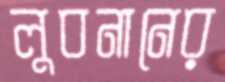
লুবনানের